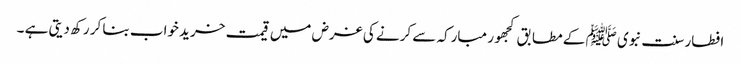
افطار سنت نبوی ﷺ کے مطابق کجھور مبارکہ سے کرنے کی غرض میں قیمت خرید خواب بنا کر رکھ دیتی ہے ۔